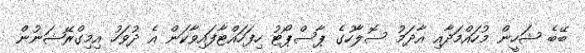
ބޭބެ ޝަހީން މުހައްމަދާއި އާދަމު ސޮލާހުގެ ޕާސްޕޯޓު ހިފަހައްޓާފައިވާކަން އެ ދުވަހު އިމިގްރޭޝަނުން